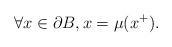
LaTeX: \begin{align*}\forall x \in \partial B, x = \mu(x^+).\end{align*}